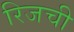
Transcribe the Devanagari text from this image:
रिजची